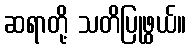
ဆရာတို့ သတိပြုဖွယ်။